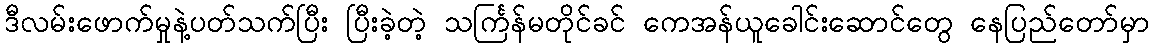
ဒီလမ်းဖောက်မှုနဲ့ပတ်သက်ပြီး ပြီးခဲ့တဲ့ သင်္ကြန်မတိုင်ခင် ကေအန်ယူခေါင်းဆောင်တွေ နေပြည်တော်မှာ